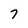
Character: 7